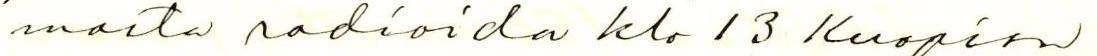
masta radioida klo 13 Kuopion